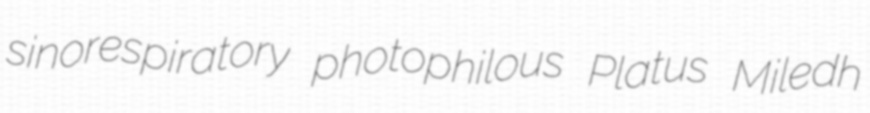
sinorespiratory photophilous Platus Miledh